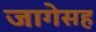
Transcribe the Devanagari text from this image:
जागेसह